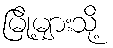
မြို့များသို့